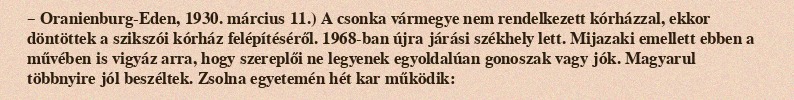
– Oranienburg-Eden, 1930. március 11.) A csonka vármegye nem rendelkezett kórházzal, ekkor döntöttek a szikszói kórház felépítéséről. 1968-ban újra járási székhely lett. Mijazaki emellett ebben a művében is vigyáz arra, hogy szereplői ne legyenek egyoldalúan gonoszak vagy jók. Magyarul többnyire jól beszéltek. Zsolna egyetemén hét kar működik: